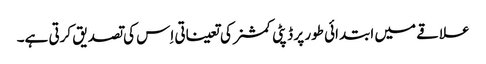
علاقے میں ابتدائی طور پر ڈپٹی کمشنر کی تعیناتی اِس کی تصدیق کرتی ہے۔